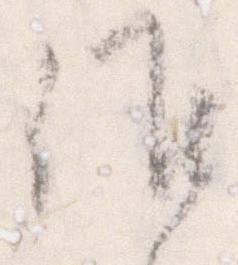
候